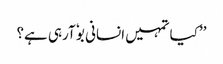
’’کیا تمہیں انسانی بوٗ آرہی ہے؟